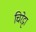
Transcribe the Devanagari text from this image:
चिरेट्टा